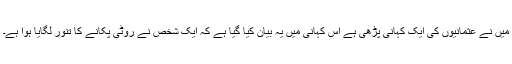
میں نے عثمانیوں کی ایک کہانی پڑھی ہے اس کہانی میں یہ بیان کیا گیا ہے کہ ایک شخص نے روٹی پکانے کا تنور لگایا ہوا ہے۔